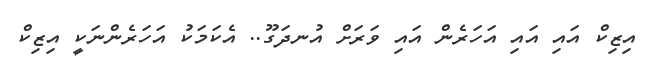
އިޒިކް އައި އައި އަހަރެން އައި ވަރަށް އުނދަގޫ.. އެކަމަކު އަހަރެންނަކީ އިޒިކް